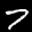
Label: 7